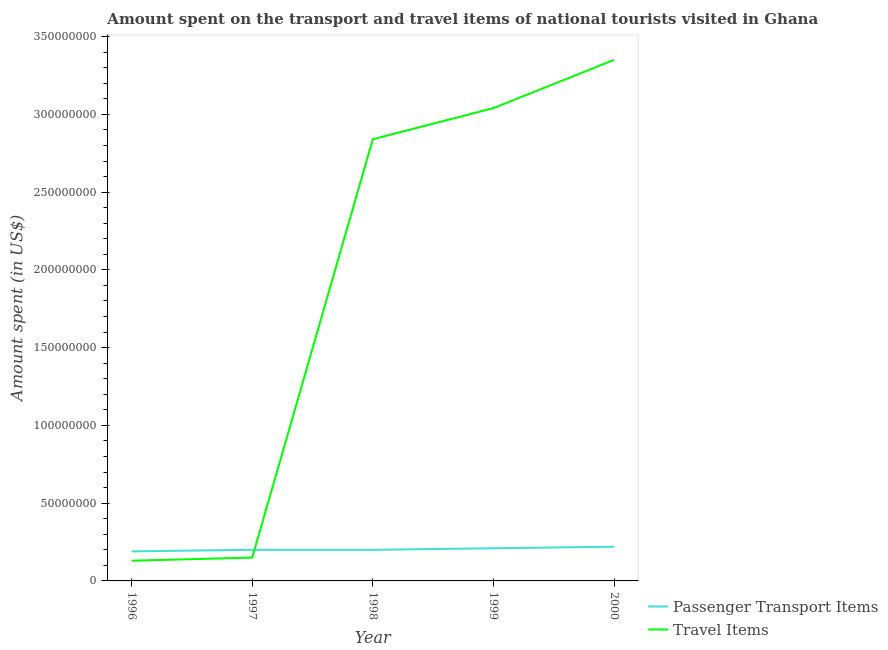
| Year | Passenger Transport Items | Travel Items |
 | --- | --- | --- |
 | 1996 | 1.9e+07 | 1.3e+07 |
 | 1997 | 2e+07 | 1.5e+07 |
 | 1998 | 2e+07 | 2.84e+08 |
 | 1999 | 2.1e+07 | 3.04e+08 |
 | 2000 | 2.2e+07 | 3.35e+08 |